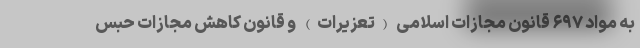
به مواد ۶۹۷ قانون مجازات اسلامی (تعزیرات) و قانون کاهش مجازات حبس